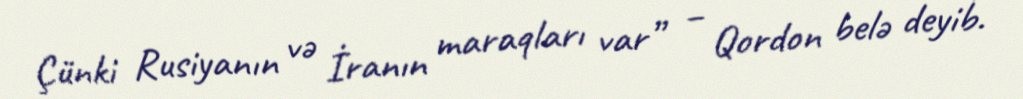
Çünki Rusiyanın və İranın maraqları var” – Qordon belə deyib.